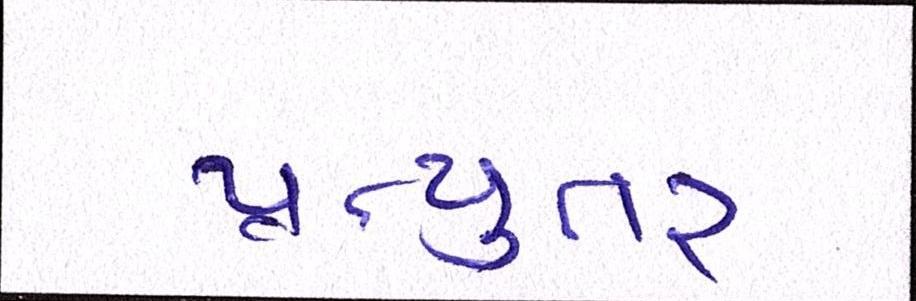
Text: પ્રત્યુતર